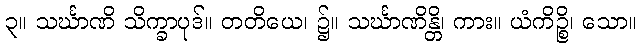
၃။ သင်္ဃာဏိ သိက္ခာပုဒ်။ တတိယေ၊ ၌။ သင်္ဃာဏိန္တိ၊ ကား။ ယံကိဉ္စိ၊ သော။